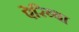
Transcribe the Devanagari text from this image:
ऐरिब्बा